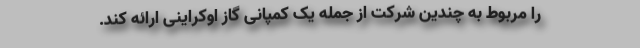
را مربوط به چندین شرکت از جمله یک کمپانی گاز اوکراینی ارائه کند.